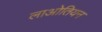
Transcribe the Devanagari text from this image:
लाओतियन